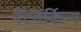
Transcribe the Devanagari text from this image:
नेटवर्किन्ग